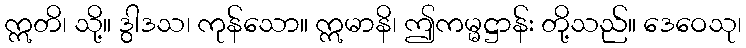
ဣတိ၊ သို့။ ဒွါဒသ၊ ကုန်သော။ ဣမာနိ၊ ဤကမ္မဋ္ဌာန်း တို့သည်။ ဒေဝေသု၊